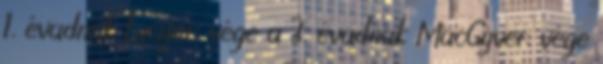
1. évadnak Lucifer: vége a 3. évadnak MacGyver: vége